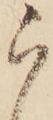
ら